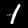
Label: 1